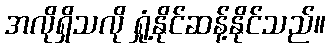
အလိုရှိသလို ရှုံ့နိုင်ဆန့်နိုင်သည်။